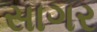
સાગર